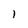
Character: I